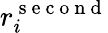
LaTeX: r_{i}^{\mathrm{~s~e~c~o~n~d~}}